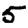
Digit: 5